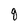
Character: q